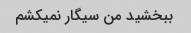
ببخشید من سیگار نمیکشم